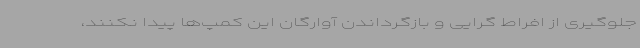
جلوگیری از افراط گرایی و بازگرداندن آوارگان این کمپ‌ها پیدا نکنند،